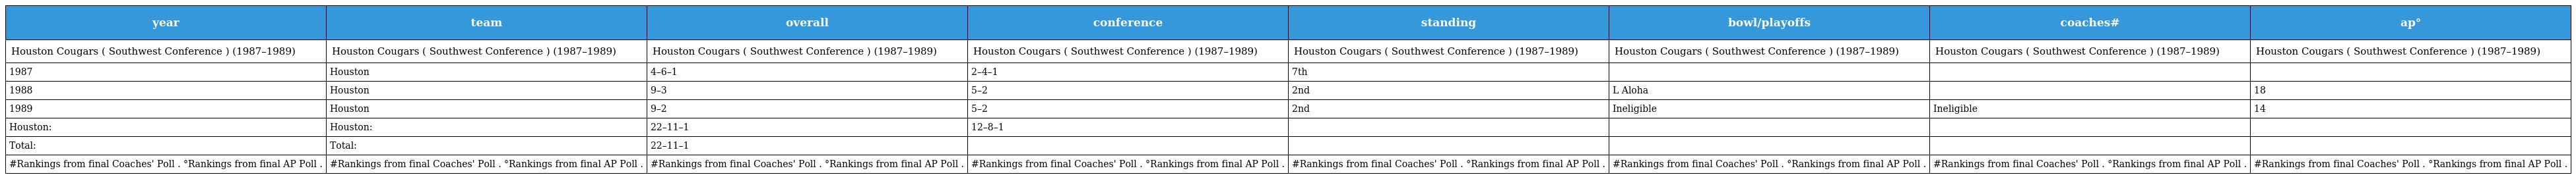
| year | team | overall | conference | standing | bowl/playoffs | coaches# | ap° |
 | --- | --- | --- | --- | --- | --- | --- | --- |
 | Houston Cougars ( Southwest Conference ) (1987–1989) | Houston Cougars ( Southwest Conference ) (1987–1989) | Houston Cougars ( Southwest Conference ) (1987–1989) | Houston Cougars ( Southwest Conference ) (1987–1989) | Houston Cougars ( Southwest Conference ) (1987–1989) | Houston Cougars ( Southwest Conference ) (1987–1989) | Houston Cougars ( Southwest Conference ) (1987–1989) | Houston Cougars ( Southwest Conference ) (1987–1989) |
 | 1987 | Houston | 4–6–1 | 2–4–1 | 7th |  |  |  |
 | 1988 | Houston | 9–3 | 5–2 | 2nd | L Aloha |  | 18 |
 | 1989 | Houston | 9–2 | 5–2 | 2nd | Ineligible | Ineligible | 14 |
 | Houston: | Houston: | 22–11–1 | 12–8–1 |  |  |  |  |
 | Total: | Total: | 22–11–1 |  |  |  |  |  |
 | #Rankings from final Coaches' Poll . °Rankings from final AP Poll . | #Rankings from final Coaches' Poll . °Rankings from final AP Poll . | #Rankings from final Coaches' Poll . °Rankings from final AP Poll . | #Rankings from final Coaches' Poll . °Rankings from final AP Poll . | #Rankings from final Coaches' Poll . °Rankings from final AP Poll . | #Rankings from final Coaches' Poll . °Rankings from final AP Poll . | #Rankings from final Coaches' Poll . °Rankings from final AP Poll . | #Rankings from final Coaches' Poll . °Rankings from final AP Poll . |